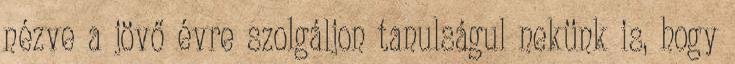
nézve a jövő évre szolgáljon tanulságul nekünk is, hogy